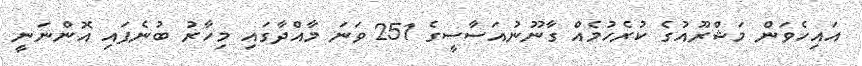
އައިހެވަން މަޝްރޫއުގެ ކުރެހުމެއް ގާނޫނުއަަސާސީގެ 251 ވަނަ މާއްދާގައި މިހާރު ބުނެފައި އޮންނަނީ